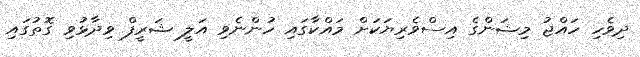
ދިވެހި ހައްޖު މިޝަންގެ އިސްވެރިޔަކަށް މައްކާގައި ހުންނެވި އަލީ ޝަރީފް ވިދާޅުވި ގޮތުގައި